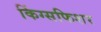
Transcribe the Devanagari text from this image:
किंग्सफिशर